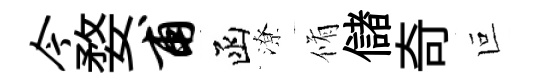
今婺甫函潦脩儲奇叵